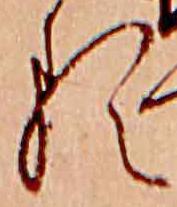
る